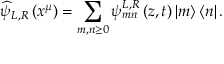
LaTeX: \widehat { \psi } _ { L , R } \left( x ^ { \mu } \right) = \sum _ { m , n \geq 0 } \psi _ { m n } ^ { L , R } \left( z , t \right) \left| m \right\rangle \left\langle n \right| .